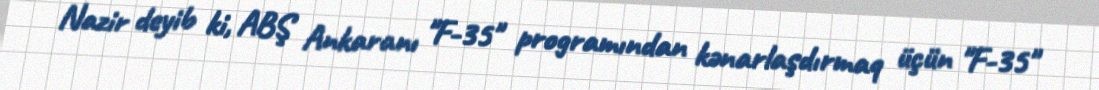
Nazir deyib ki, ABŞ Ankaranı "F-35" programından kənarlaşdırmaq üçün "F-35"